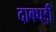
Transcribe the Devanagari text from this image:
दाबघड़ी